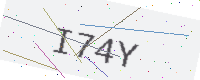
Text: I74Y